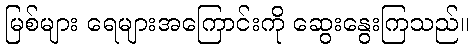
မြစ်များ ရေများအကြောင်းကို ဆွေးနွေးကြသည်။